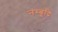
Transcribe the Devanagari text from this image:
नम्बूद्रि